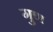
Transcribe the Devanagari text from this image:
गुण